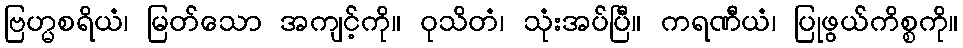
ဗြဟ္မစရိယံ၊ မြတ်သော အကျင့်ကို။ ဝုသိတံ၊ သုံးအပ်ပြီ။ ကရဏီယံ၊ ပြုဖွယ်ကိစ္စကို။